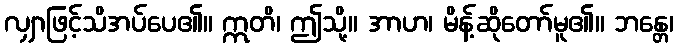
လျှာဖြင့်သိအပ်ပေ၏။ ဣတိ၊ ဤသို့။ အာဟ၊ မိန့်ဆိုတော်မူ၏။ ဘန္တေ၊